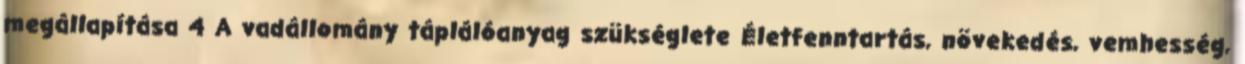
megállapítása 4 A vadállomány táplálóanyag szükséglete Életfenntartás, növekedés, vemhesség,